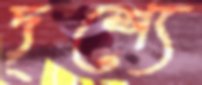
দৃশ্যে